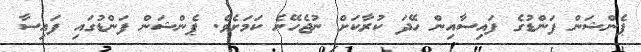
ޕެންޝަން ފަންޑުގެ ފައިސާއިން ހޭދަ ކުރާކަށް ނުޖެހޭނެ ކަމަށެވެ. ޕެންޝަން ފަންޑުގައި ފައިސާ